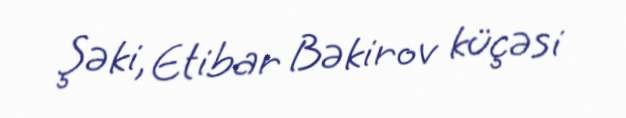
Şəki, Etibar Bəkirov küçəsi